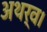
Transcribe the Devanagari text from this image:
अथर्व।